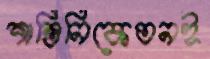
শান্তিনিকেতনই